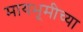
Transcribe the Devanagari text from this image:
मायभूमीच्या